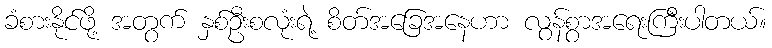
ခံစားနိုင်ဖို့ အတွက် နှစ်ဦးစလုံးရဲ့ စိတ်အခြေအနေဟာ လွန်စွာအရေးကြီးပါတယ်။